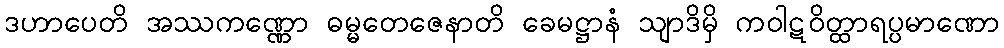
ဒဟာပေတိ အဿကဏ္ဏော ဓမ္မတေဇေနာတိ ခေမဋ္ဌာနံ သျာဒိမှိ ကဝါဋဝိတ္ထာရပ္ပမာဏော